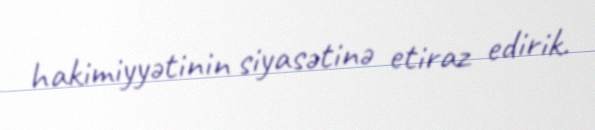
hakimiyyətinin siyasətinə etiraz edirik.